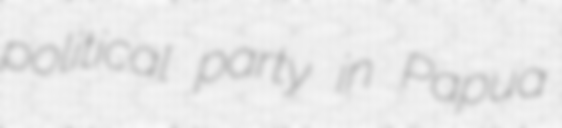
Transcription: political party in Papua